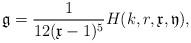
LaTeX: \begin{align*}\frak g=\frac 1{12(\frak x-1)^5}H(k,r,\frak x,\frak y),\end{align*}